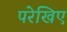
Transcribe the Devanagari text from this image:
परेखिए